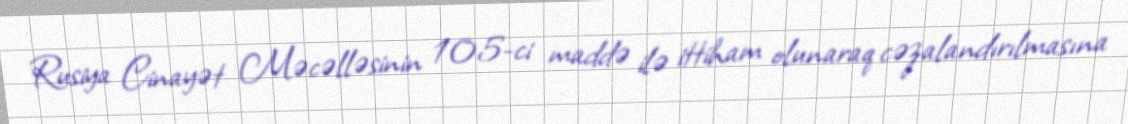
Rusiya Cinayət Məcəlləsinin 105-ci maddə ilə ittiham olunaraq cəzalandırılmasına